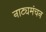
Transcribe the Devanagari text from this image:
नाट्यमंचन